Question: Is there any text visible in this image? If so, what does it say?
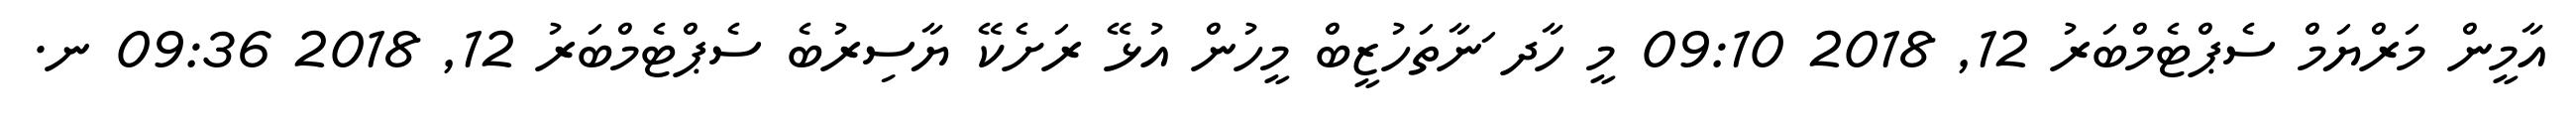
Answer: އާމީން މަރްޔަމް ސެޕްޓެމްބަރު 12, 2018 09:10 މީ ހާދ ަނާތަހުޒީބް މީހުން އުޅޭ ރަށެކޭ ޔާސިރުބެ ސެޕްޓެމްބަރު 12, 2018 09:36 ނ.